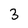
Character: 3